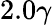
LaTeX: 2.0\gamma